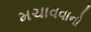
મચાવવાનો